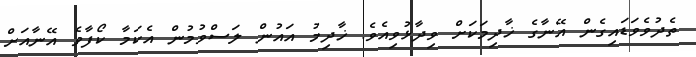
ތެދުވެވަޑައިގެން އޭނާގެ ޚާދިމަކަށް ވިދާޅުވިއެވެ. ޚާދިމު އައުން ލަސްވުމުން އެކަމާ ކޯފާވެ އޭނާއަށް